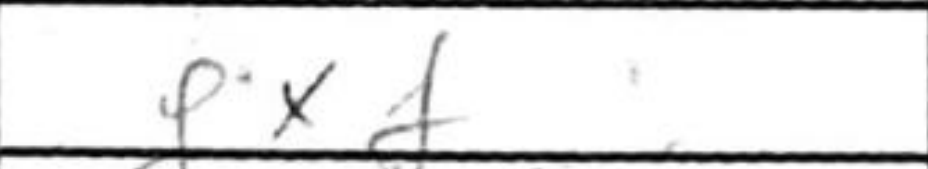
Transcription: gxf